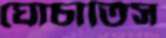
ঘোচাতিস